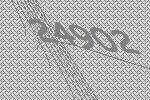
24902